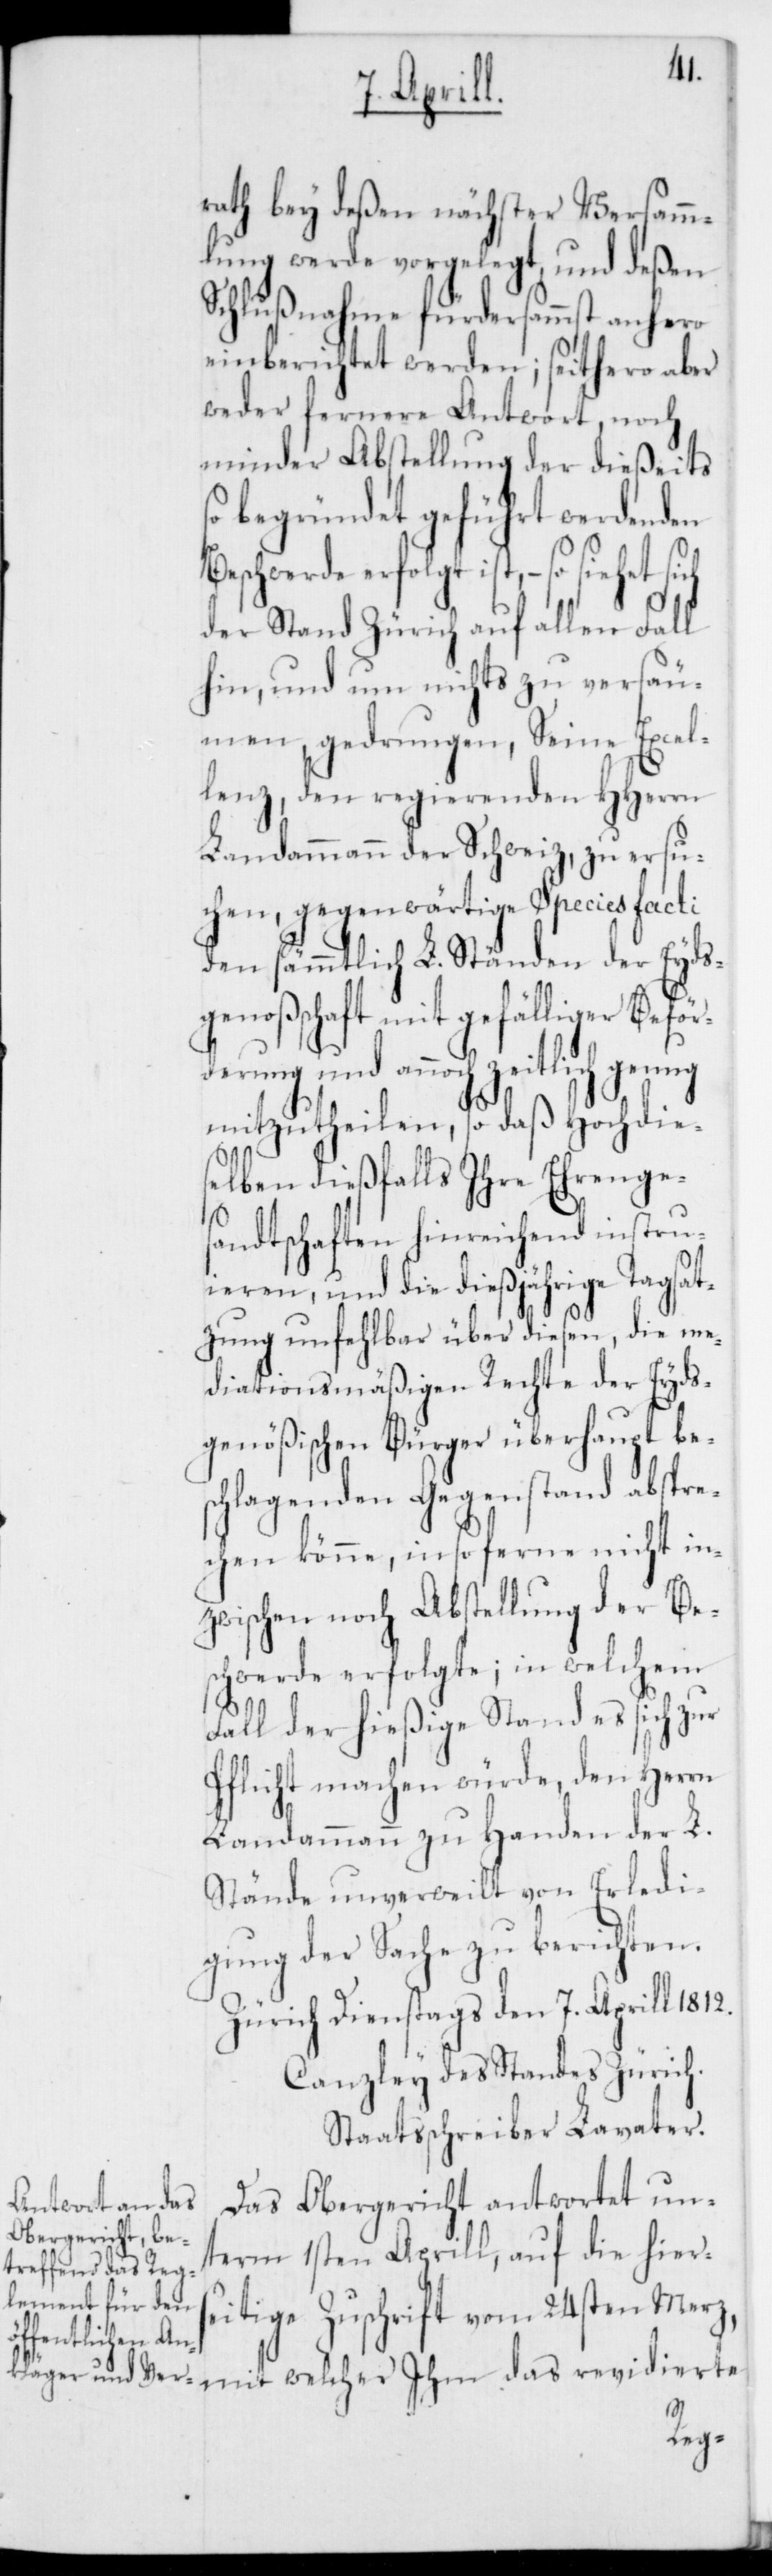
rath bey deßen nächster Versamm¬
lung werde vorgelegt, und deßen
Schlußnahme fürdersammst anhero
einberichtet werden; seithero aber
weder fernere Antwort, noch
minder Abstellung der dießeits
so begründet geführt werdenden
Beschwerde erfolgt ist, – so siehet
der Stand Zürich auf allen Fall
hin, und um nichts zu versäu¬
men gedrungen, Seine Excel¬
lenz, den regierenden HHerrn
Landammann der Schweiz, zu ersu¬
chen, gegenwärtige Species facti
den sämmtlich L. Ständen der Eyds¬
genoßenschaft mit gefälliger Beför¬
derung und annoch zeitlich genug
mitzutheilen, so daß Hochdie¬
selben dießfalls ihre Ehrenges¬
andtschaften hinreichend instru¬
ieren, und die dießjährige Tagsat¬
zung unfehlbar über diesen, die me¬
diationsmäßigen Rechte der Eyds¬
genößischen Bürger überhaupt be¬
schlagenden Gegenstand abspre¬
chen könne, in so ferne nicht in¬
zwischen noch Abstellung der Be¬
schwerde erfolgte; in welchem
Fall der hießige Stand es sich zur
Pflicht machen würde, den Herrn
Landammann zu Handen der L.
Stände unverweilt von Erledi¬
gung der Sache zu berichten.
Zürich, Dienstags den 7ten Aprill 1812.
Canzley des Standes Zürich.
Staatsschreiber Lavater.
Das Obergericht antwortet un¬
term 1sten Aprill, auf die hiers¬
eitige Zuschrift vom 24sten Merz,